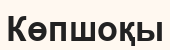
Көпшоқы